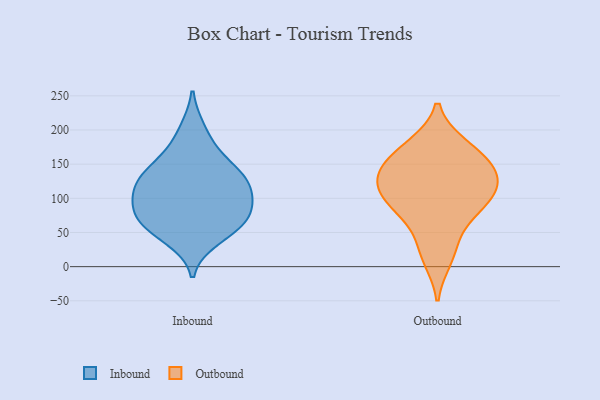
{"axis": {"x": "Tickets Resolved", "y": "Value"}, "legend": ["Inbound", "Outbound"], "data": [{"x": "", "y": 95, "type": "Inbound"}, {"x": "", "y": 143, "type": "Inbound"}, {"x": "", "y": 127, "type": "Inbound"}, {"x": "", "y": 166, "type": "Inbound"}, {"x": "", "y": 60, "type": "Inbound"}, {"x": "", "y": 134, "type": "Inbound"}, {"x": "", "y": 82, "type": "Inbound"}, {"x": "", "y": 200, "type": "Inbound"}, {"x": "", "y": 61, "type": "Inbound"}, {"x": "", "y": 113, "type": "Inbound"}, {"x": "", "y": 41, "type": "Inbound"}, {"x": "", "y": 65, "type": "Inbound"}, {"x": "", "y": 120, "type": "Inbound"}, {"x": "", "y": 89, "type": "Inbound"}, {"x": "", "y": 148, "type": "Outbound"}, {"x": "", "y": 107, "type": "Outbound"}, {"x": "", "y": 177, "type": "Outbound"}, {"x": "", "y": 175, "type": "Outbound"}, {"x": "", "y": 118, "type": "Outbound"}, {"x": "", "y": 116, "type": "Outbound"}, {"x": "", "y": 80, "type": "Outbound"}, {"x": "", "y": 32, "type": "Outbound"}, {"x": "", "y": 12, "type": "Outbound"}, {"x": "", "y": 135, "type": "Outbound"}, {"x": "", "y": 135, "type": "Outbound"}, {"x": "", "y": 94, "type": "Outbound"}, {"x": "", "y": 156, "type": "Outbound"}, {"x": "", "y": 79, "type": "Outbound"}]}